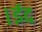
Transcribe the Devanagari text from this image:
।ईद